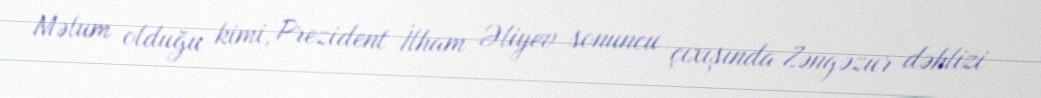
Məlum olduğu kimi, Prezident İlham Əliyev sonuncu çıxışında Zəngəzur dəhlizi